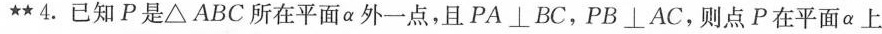
★★4.已知P是△ABC所在平面α外一点，且PA\bot BC，PB\bot AC，则点P在平面α上